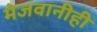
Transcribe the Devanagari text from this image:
मेजवानीही